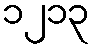
၁၂၁၃